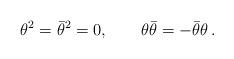
LaTeX: \begin{align*}\theta^2 = \bar\theta^2 = 0, \qquad \theta\bar\theta = -\bar\theta\theta\,.\end{align*}